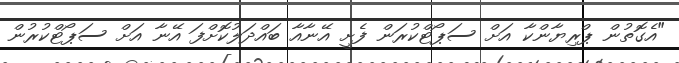
"އެގޮތުން ޕްރިޔާންކާ އަށް ސަޕޯޓްކުރަން ފެށީ އޭނާއާ ބައްދަލުކޮށްފަ އޭނާ އަށް ސަޕޯޓްކުރުން